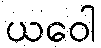
ယဝေါ